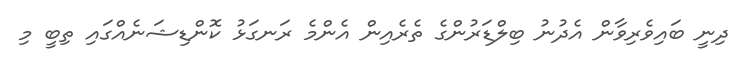
ދިނީ ބައިވެރިވާން އެދުނު ބިލްޑަރުންގެ ތެރެއިން އެންމެ ރަނގަޅު ކޮންޑިޝަނެއްގައި ތިބީ މި